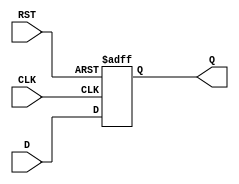
module IntermediateRegister #(
    parameter WIDTH = 8  // Width of the register (number of bits)
)(
    input wire [WIDTH-1:0] D,    // Data input
    input wire CLK,                // Clock signal
    input wire RST,                // Reset signal
    output reg [WIDTH-1:0] Q       // Data output
);

// Asynchronous reset and clock-triggered data capture
always @(posedge CLK or posedge RST) begin
    if (RST) begin
        Q <= {WIDTH{1'b0}}; // Clear register to zero on reset
    end else begin
        Q <= D;             // Capture data on clock edge
    end
end

endmodule